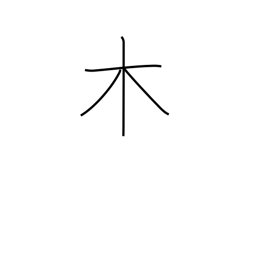
Meaning: wood